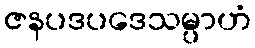
ဇနပဒပဒေသမ္ပာဟံ